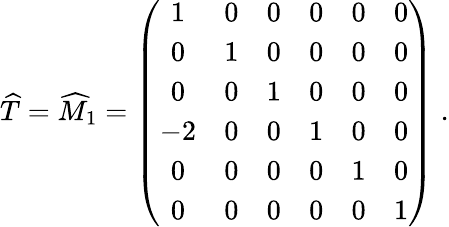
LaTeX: {\widehat T}={\widehat M}_{1}=\left(\begin{array}{cccccc}{{1}}&{{0}}&{{0}}&{{0}}&{{0}}&{{0}}\\ {{0}}&{{1}}&{{0}}&{{0}}&{{0}}&{{0}}\\ {{0}}&{{0}}&{{1}}&{{0}}&{{0}}&{{0}}\\ {{-2}}&{{0}}&{{0}}&{{1}}&{{0}}&{{0}}\\ {{0}}&{{0}}&{{0}}&{{0}}&{{1}}&{{0}}\\ {{0}}&{{0}}&{{0}}&{{0}}&{{0}}&{{1}}\end{array}\right)\; .